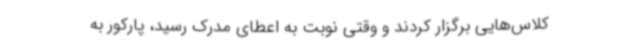
کلاس‌هایی برگزار کردند و وقتی نوبت به اعطای مدرک رسید، پارکور به